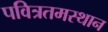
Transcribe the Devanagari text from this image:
पवित्रतमस्थान